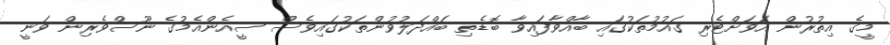
މީގެ އިތުރުން އަވަށްޓެރި ގައުމުތަކުގައި ބާއްވާފައިވާ ބޮޑެތި ބައްދަލުވުންތަކުގައިވެސް ސީއެންއެމުގެ ނޫސްވެރިން ވަނީ